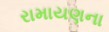
રામાયણના